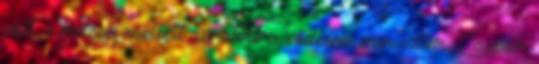
volt, s mások mellett az akkori védelmi miniszter, Caspar